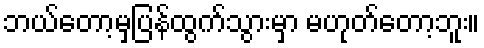
ဘယ်တော့မှပြန်ထွက်သွားမှာ မဟုတ်တော့ဘူး။